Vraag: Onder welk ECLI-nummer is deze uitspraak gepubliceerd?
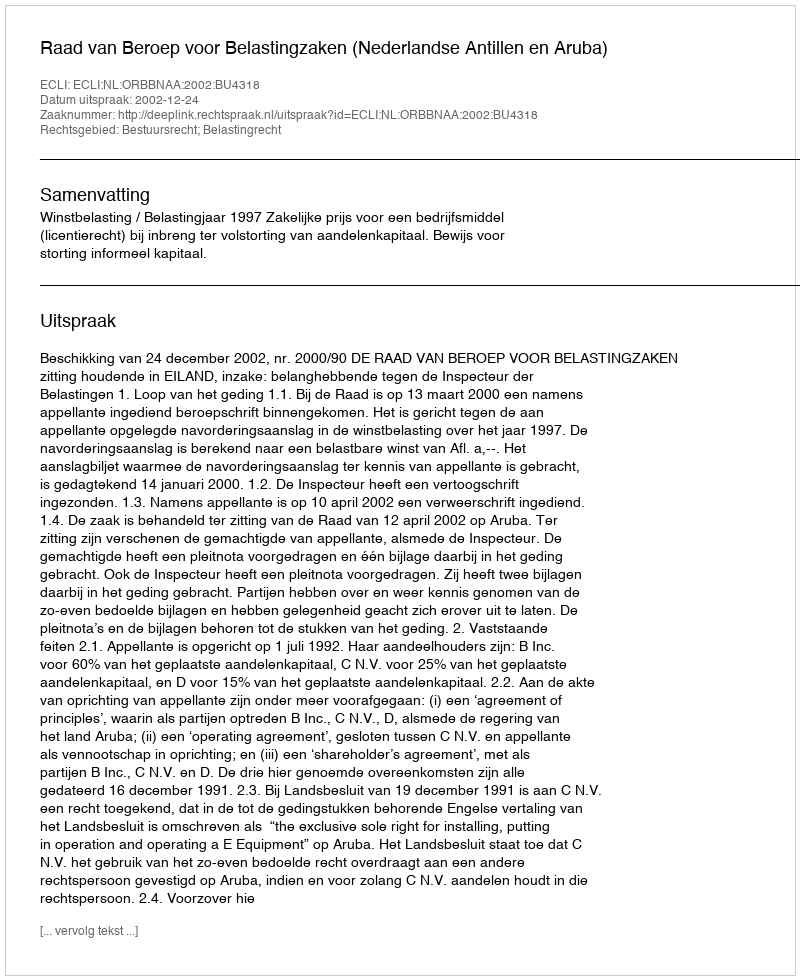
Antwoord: ECLI:NL:ORBBNAA:2002:BU4318